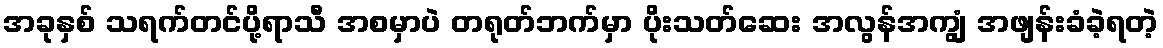
အခုနှစ် သရက်တင်ပို့ရာသီ အစမှာပဲ တရုတ်ဘက်မှာ ပိုးသတ်ဆေး အလွန်အကျွံ အဖျန်းခံခဲ့ရတဲ့